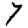
Digit: 7